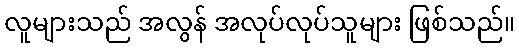
လူများသည် အလွန် အလုပ်လုပ်သူများ ဖြစ်သည်။